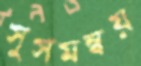
সুসমন্বয়